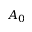
A _ { 0 }